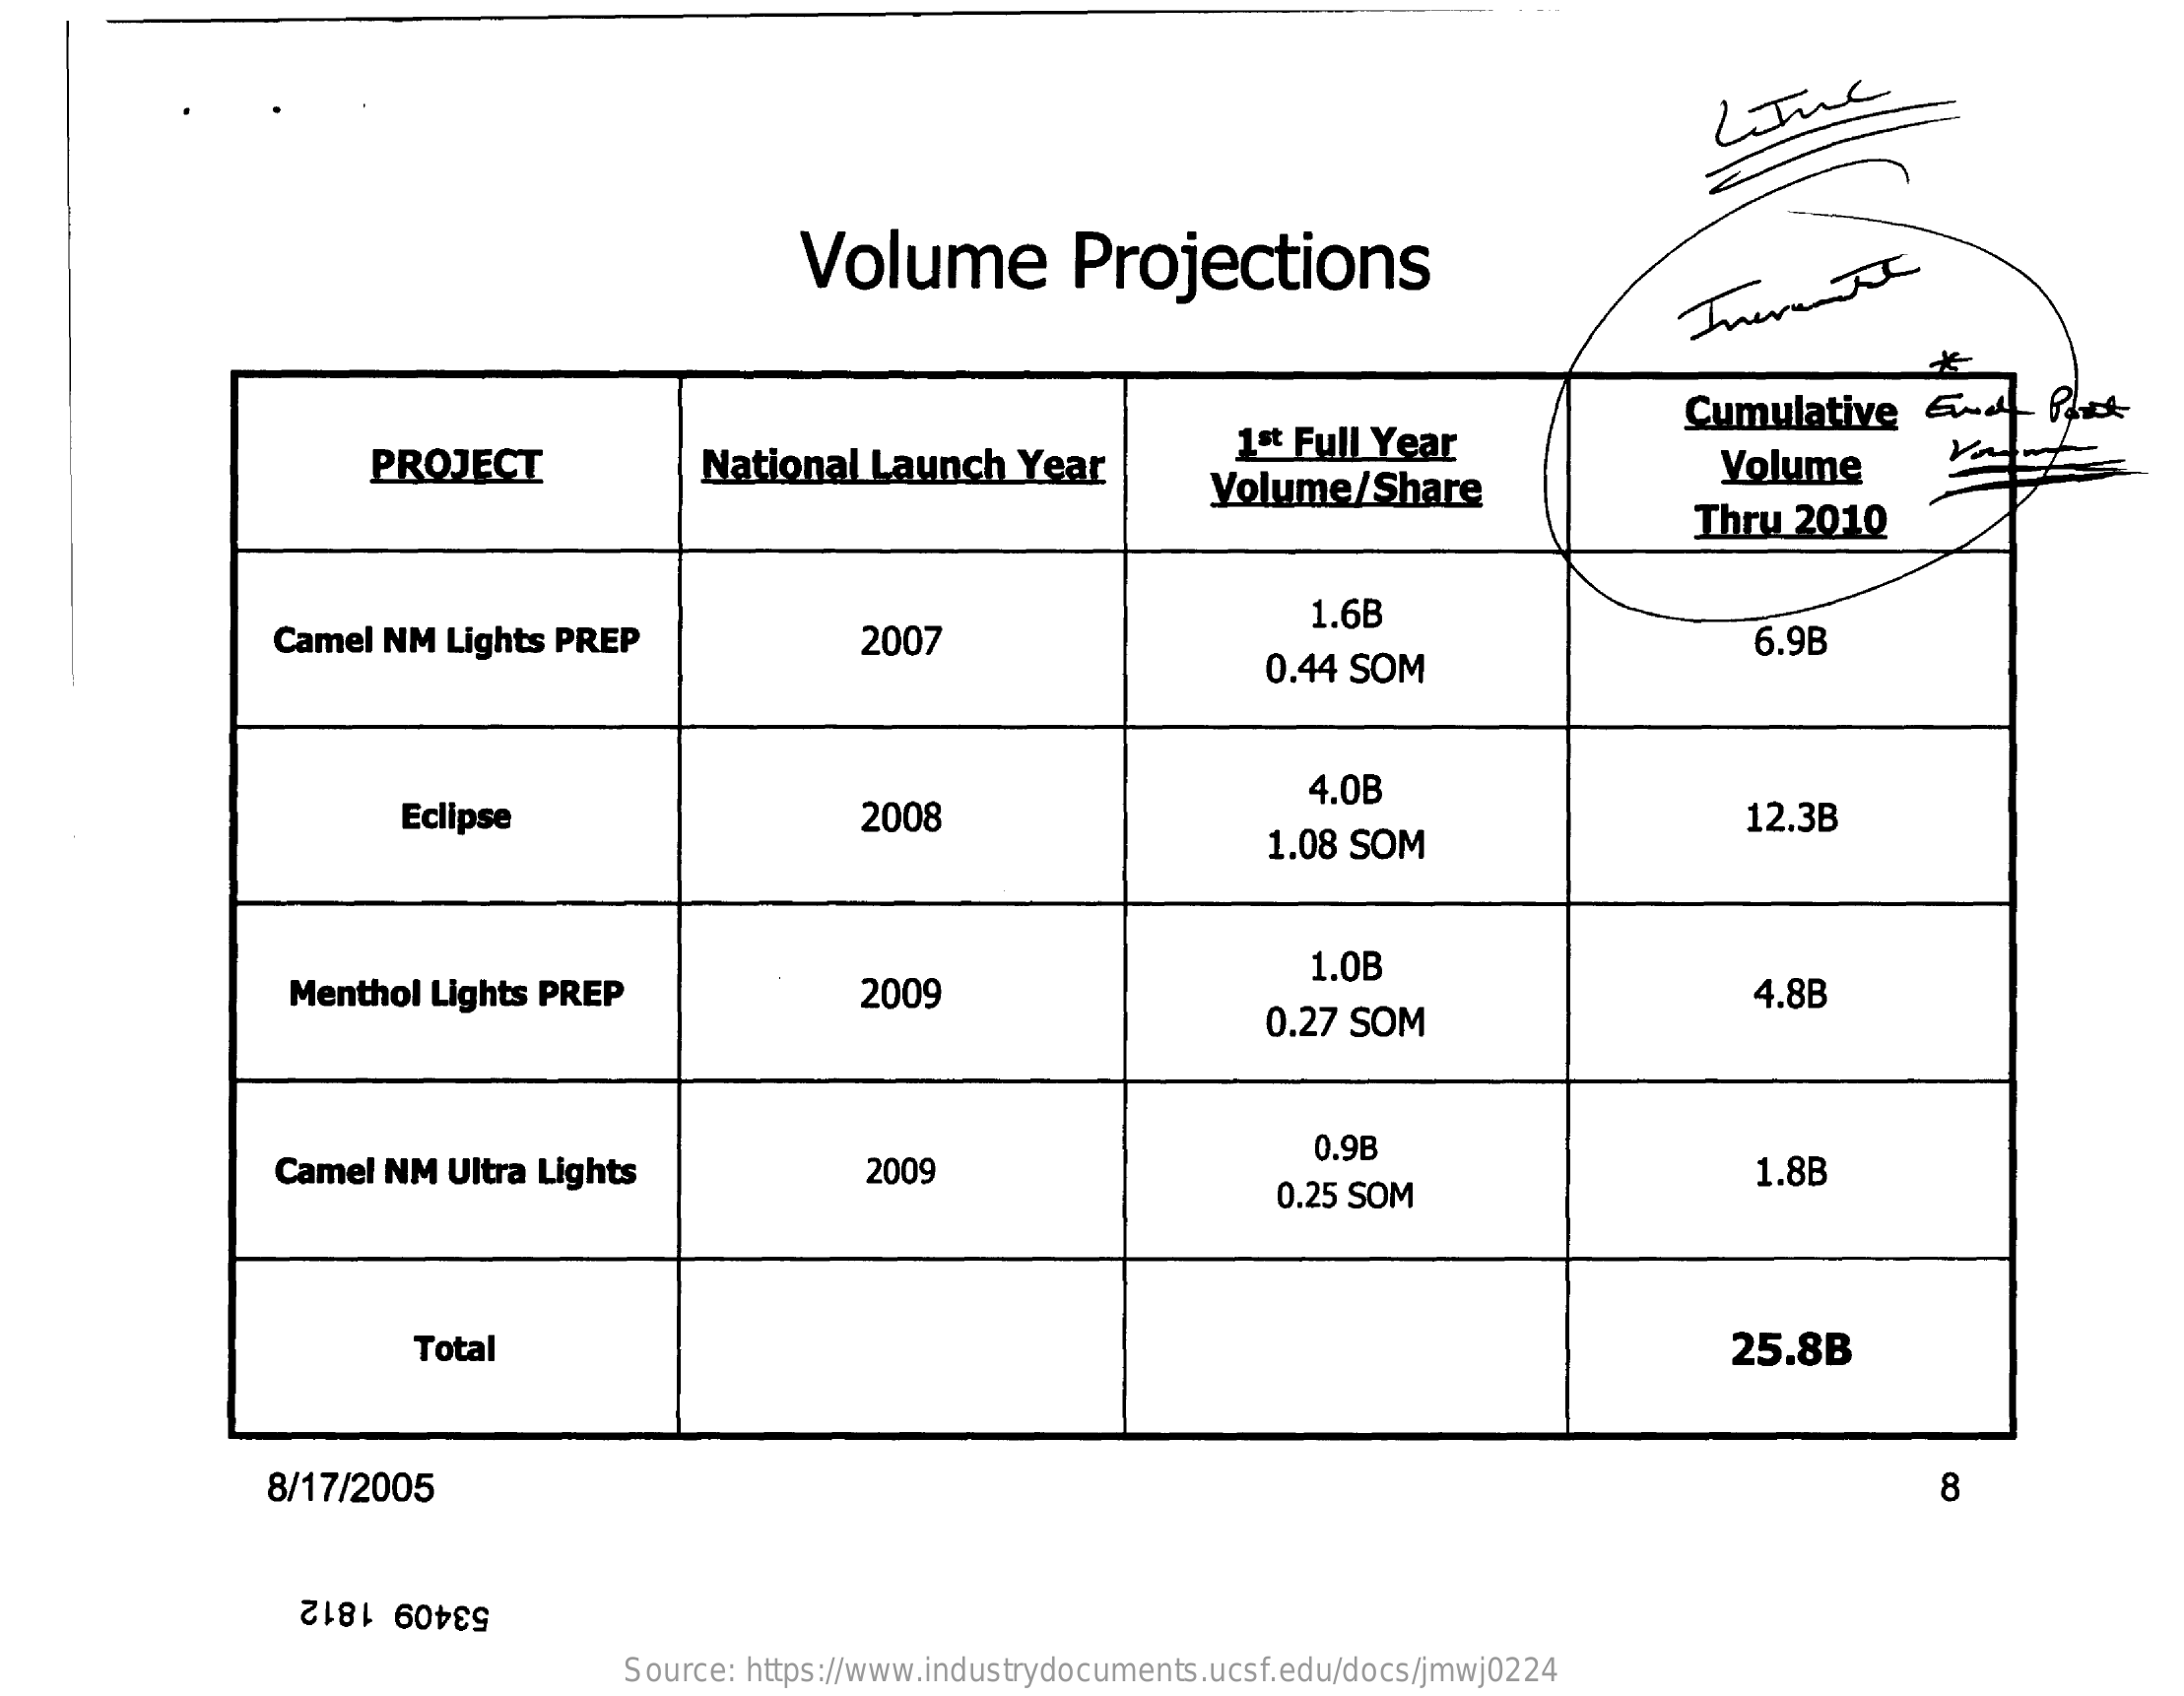
LIme
     Volume    Projections
     PROJECT    National   Launch    Year
     1st Full Year
     Cumulative    6-4    Px
     Volume/Share
     Volume
     Thru   2010
     Camel  NM  Lights PREP    2007
     1.6B
     0.44 SOM
     6.9B
     Eclipse    2008
     4.0B
     1.08 SOM
     12.3B
     Menthol Lights PREP    2009
     1.0B
     0.27 SOM
     4.8B
     Camel NM  Ultra Lights    2009
     0.9B
     0.25 SOM
     1.8B
     Total    25.8B
     8/17/2005    8
     53409 1812
     Source: https://www.industrydocuments.ucsf.edu/docs/jmwj0224